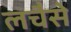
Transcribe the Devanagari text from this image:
लचैसे